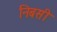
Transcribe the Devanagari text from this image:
निबसी